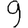
Digit: 9